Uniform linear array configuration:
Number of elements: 32
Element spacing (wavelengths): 0.75
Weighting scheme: exponential
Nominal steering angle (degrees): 15
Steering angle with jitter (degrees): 16.605
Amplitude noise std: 0.05
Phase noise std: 0.05

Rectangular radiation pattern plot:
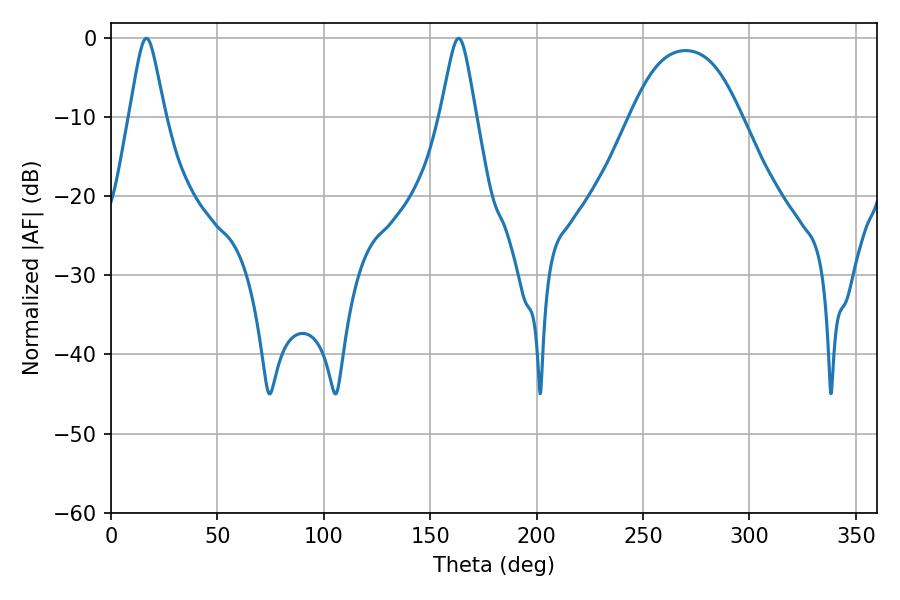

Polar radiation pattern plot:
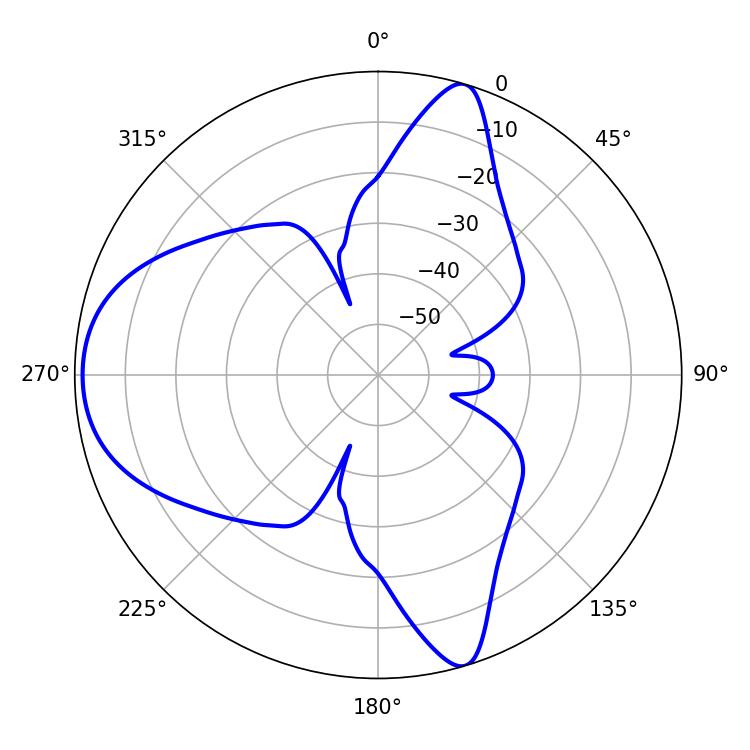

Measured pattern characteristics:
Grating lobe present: TRUE
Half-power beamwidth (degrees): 7.92
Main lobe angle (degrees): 16.56